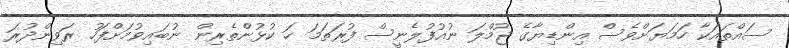
ސައްތައަކާ ހަމަޔަށްވެސް އިންޑިޔާގެ ޖުމްލަ ނުއުފުލެނީސް ފުރަތަމަ ހަ ކުޅުންތެރިން ނުބައިވުމަށްފަހު ރަވިންދުރަ